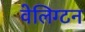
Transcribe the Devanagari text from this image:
वेलिग्टन